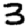
Digit: 3